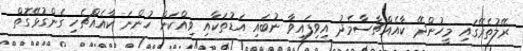
ރޭލުތެރޭގައި މީހުންދޭ ކާއެއްޗާސާމެދު އިވިފައިވާ ނުބައި އަޑުތަކާއި ވިއްކަން ހުންނަ ކާއެއްޗެހި ގެންގުޅޭގޮތް